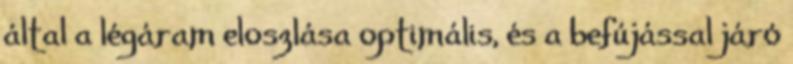
által a légáram eloszlása optimális, és a befújással járó